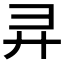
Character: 𫸖